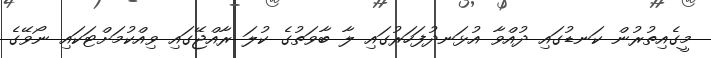
މީގެއިތުރުން ކަނޑުގައި ދުއްވާ އުޅަނދުފަހަރުގައި ލާ ބާވަތުގެ ކުލަ ރާއްޖޭގައި ވިއްކުމަށްޓަކައި ނޯވޭގެ